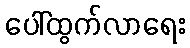
ပေါ်ထွက်လာရေး